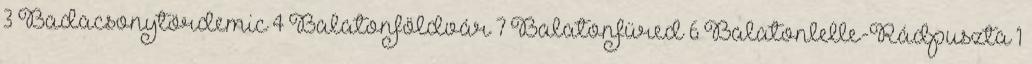
3 Badacsonytördemic 4 Balatonföldvár 7 Balatonfüred 6 Balatonlelle-Rádpuszta 1